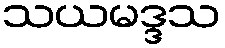
သယမဒ္ဒသ